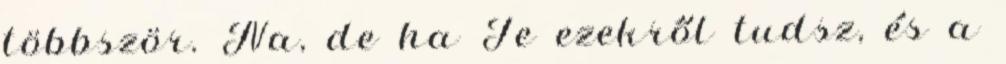
többször. Na, de ha Te ezekről tudsz, és a